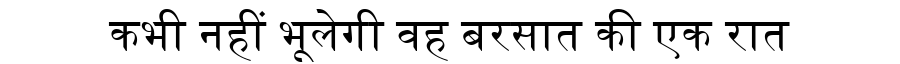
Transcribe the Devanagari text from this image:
कभी नहीं भूलेगी वह बरसात की एक रात